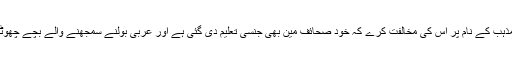
مجھے حیرت ہے اگر کوئی مذہب کے نام پر اس کی مخالفت کرے کہ خود صحائف مین بھی جنسی تعلیم دی گئی ہے اور عربی بولنے سمجھنے والے بچے چھوٹی عمر سے اسے پڑھتے ہیں۔